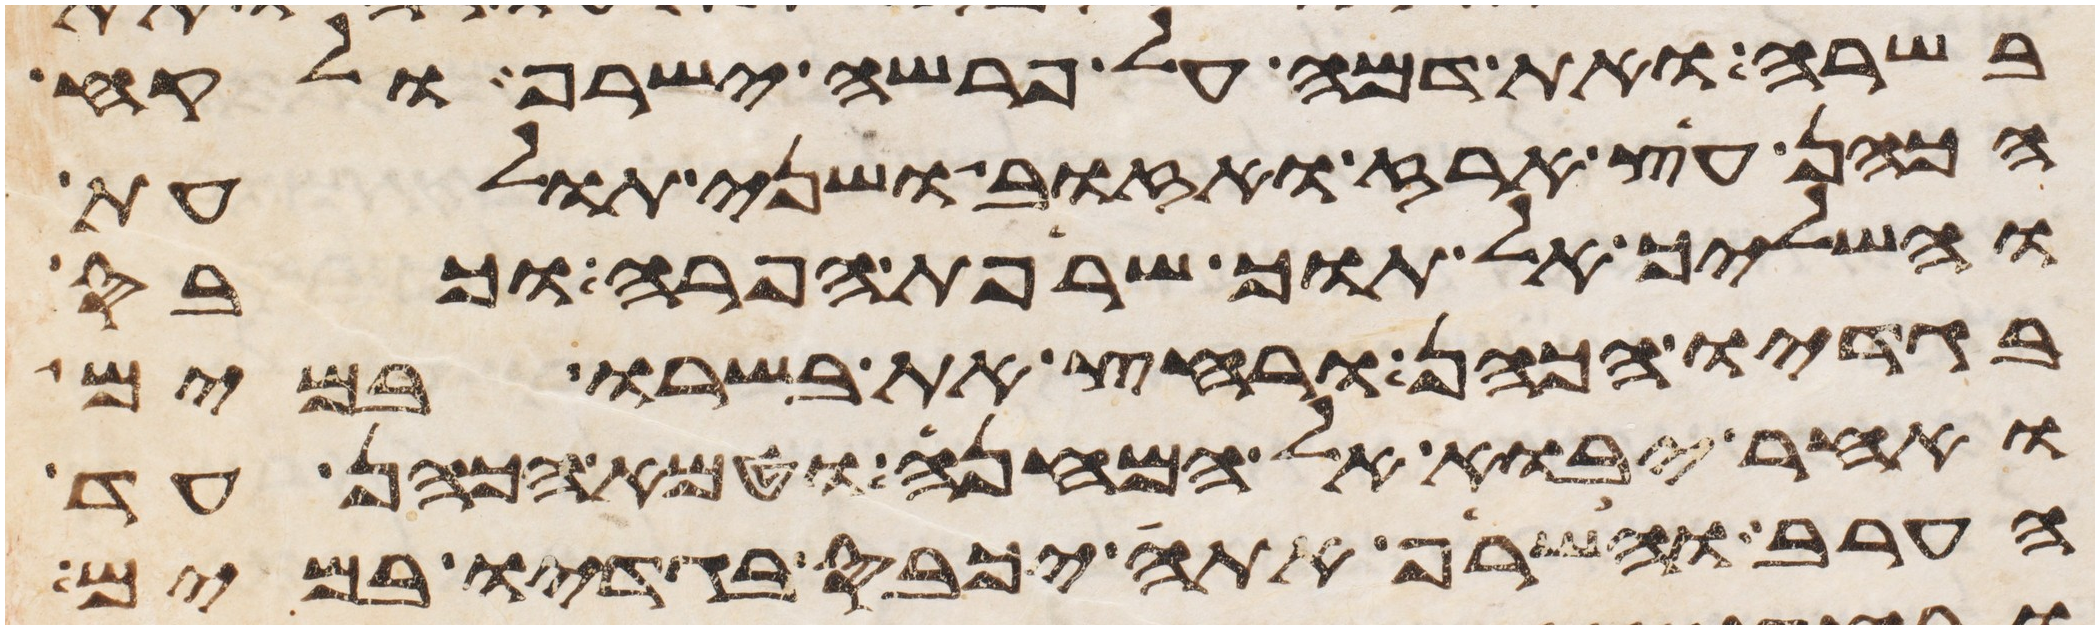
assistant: בשרה ואת דמה על פרשה ישרף ולקח
הכהן עץ ארז ואזוב ושני תולעת
והשליך אל תוך שרפת הפרה וכבס
בגדיו הכהן ורחץ את בשרו במים
ואחר יבוא אל המחנה וטמא הכהן עד
הערב והשרף אתה יכבס בגדיו במים